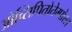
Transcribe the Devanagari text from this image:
ओच्सिपितोतेम्पोरल